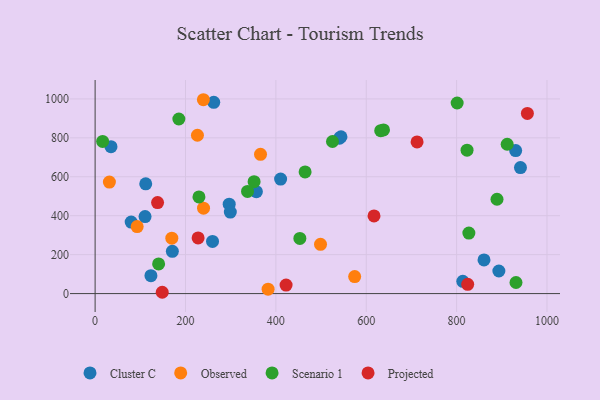
{"axis": {"x": "Experience", "y": "Profit"}, "legend": ["Cluster C", "Observed", "Projected", "Scenario 1"], "data": [{"x": "930.7", "y": 734.8, "type": "Cluster C"}, {"x": "813.7", "y": 63.2, "type": "Cluster C"}, {"x": "860.6", "y": 172.8, "type": "Cluster C"}, {"x": "296.7", "y": 459.4, "type": "Cluster C"}, {"x": "123.5", "y": 91.9, "type": "Cluster C"}, {"x": "79.8", "y": 367.3, "type": "Cluster C"}, {"x": "410.5", "y": 588.4, "type": "Cluster C"}, {"x": "35.1", "y": 754.7, "type": "Cluster C"}, {"x": "259.8", "y": 268.0, "type": "Cluster C"}, {"x": "110.5", "y": 395.6, "type": "Cluster C"}, {"x": "112.0", "y": 563.7, "type": "Cluster C"}, {"x": "356.9", "y": 523.7, "type": "Cluster C"}, {"x": "544.1", "y": 805.7, "type": "Cluster C"}, {"x": "299.2", "y": 418.5, "type": "Cluster C"}, {"x": "540.9", "y": 798.1, "type": "Cluster C"}, {"x": "262.5", "y": 982.3, "type": "Cluster C"}, {"x": "893.5", "y": 116.1, "type": "Cluster C"}, {"x": "941.3", "y": 647.1, "type": "Cluster C"}, {"x": "170.9", "y": 217.0, "type": "Cluster C"}, {"x": "169.7", "y": 284.8, "type": "Observed"}, {"x": "366.0", "y": 715.5, "type": "Observed"}, {"x": "382.8", "y": 22.6, "type": "Observed"}, {"x": "93.0", "y": 344.1, "type": "Observed"}, {"x": "239.6", "y": 995.8, "type": "Observed"}, {"x": "226.4", "y": 813.3, "type": "Observed"}, {"x": "31.6", "y": 572.9, "type": "Observed"}, {"x": "498.8", "y": 252.9, "type": "Observed"}, {"x": "574.4", "y": 87.3, "type": "Observed"}, {"x": "239.9", "y": 438.8, "type": "Observed"}, {"x": "889.4", "y": 484.5, "type": "Scenario 1"}, {"x": "140.5", "y": 152.3, "type": "Scenario 1"}, {"x": "16.6", "y": 781.6, "type": "Scenario 1"}, {"x": "337.3", "y": 524.8, "type": "Scenario 1"}, {"x": "823.1", "y": 736.5, "type": "Scenario 1"}, {"x": "632.0", "y": 836.6, "type": "Scenario 1"}, {"x": "525.3", "y": 781.3, "type": "Scenario 1"}, {"x": "911.9", "y": 767.2, "type": "Scenario 1"}, {"x": "801.2", "y": 979.1, "type": "Scenario 1"}, {"x": "638.2", "y": 840.8, "type": "Scenario 1"}, {"x": "931.4", "y": 56.9, "type": "Scenario 1"}, {"x": "185.3", "y": 896.7, "type": "Scenario 1"}, {"x": "453.1", "y": 283.5, "type": "Scenario 1"}, {"x": "229.8", "y": 496.5, "type": "Scenario 1"}, {"x": "464.7", "y": 624.9, "type": "Scenario 1"}, {"x": "351.8", "y": 574.6, "type": "Scenario 1"}, {"x": "827.1", "y": 311.0, "type": "Scenario 1"}, {"x": "956.6", "y": 925.5, "type": "Projected"}, {"x": "422.6", "y": 43.7, "type": "Projected"}, {"x": "227.9", "y": 285.7, "type": "Projected"}, {"x": "138.2", "y": 467.7, "type": "Projected"}, {"x": "148.5", "y": 6.7, "type": "Projected"}, {"x": "617.2", "y": 398.9, "type": "Projected"}, {"x": "712.5", "y": 779.1, "type": "Projected"}, {"x": "824.5", "y": 47.4, "type": "Projected"}]}